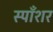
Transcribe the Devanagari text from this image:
स्पाँशर